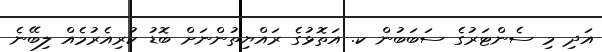
އަދި މި ސެންޓަރުގެ ސަބަބުން ކ. އަތޮޅުގެ ރައްޔިތުންނަށް ބޮޑު ކުރިއެރުމެއް ލިބޭނެ